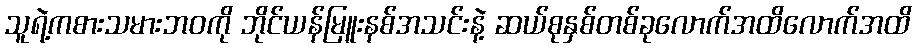
သူရဲ့ကစားသမားဘဝကို ဘိုင်ယန်မြူးနစ်အသင်းနဲ့ ဆယ်စုနှစ်တစ်ခုလောက်အထိလောက်အထိ